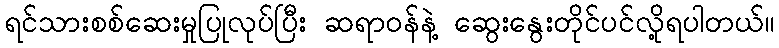
ရင်သားစစ်ဆေးမှုပြုလုပ်ပြီး ဆရာဝန်နဲ့ ဆွေးနွေးတိုင်ပင်လို့ရပါတယ်။